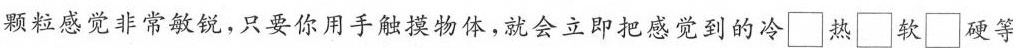
颗粒感觉非常敏锐，只要你用手触摸物体，就会立即把感觉到的冷□热□软□硬等